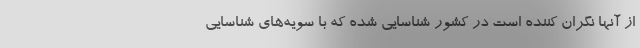
از آنها نگران کننده است در کشور شناسایی شده که با سویه‌های شناسایی